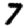
Digit: 7